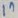
Text: 11